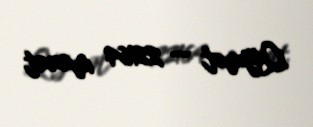
Qiymət — 22164 manat